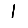
Digit: 1